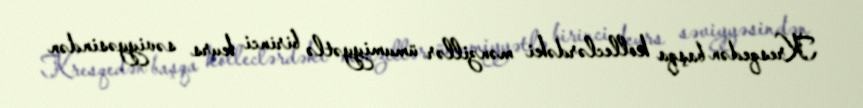
Kresqedən başqa kolleclərdəki mənzillər ümumiyyətlə birinci kurs səviyyəsindən